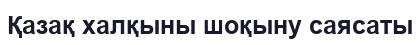
Қазақ халқыны шоқыну саясаты